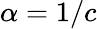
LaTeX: \alpha=1/c